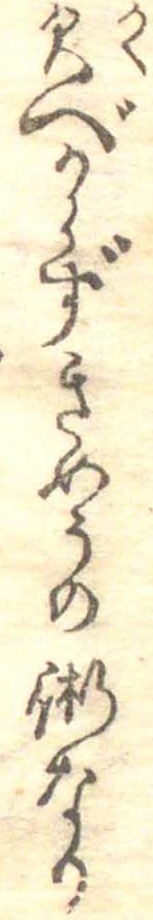
欠べからずきめうの術なり